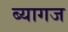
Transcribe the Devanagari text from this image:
ब्यागज